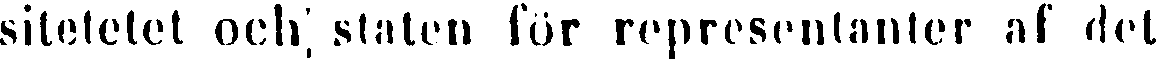
sitetetet och staten för representanter af det